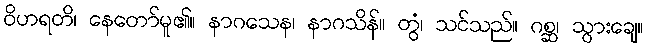
ဝိဟရတိ၊ နေတော်မူ၏။ နာဂသေန၊ နာဂသိန်။ တွံ၊ သင်သည်။ ဂစ္ဆ၊ သွားချေ။